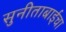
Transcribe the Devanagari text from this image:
सुनीताबाईंचा